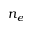
n _ { e }